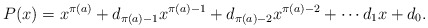
\begin{align*}P(x) = x^{\pi(a)} + d_{\pi(a) - 1}x^{\pi(a) - 1} + d_{\pi(a) - 2}x^{\pi(a) - 2} + \cdots d_1x + d_0.\end{align*}